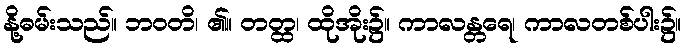
နို့ဓမ်းသည်။ ဘဝတိ၊ ၏။ တတ္ထ၊ ထိုအိုး၌။ ကာလန္တရေ၊ ကာလတစ်ပါး၌။